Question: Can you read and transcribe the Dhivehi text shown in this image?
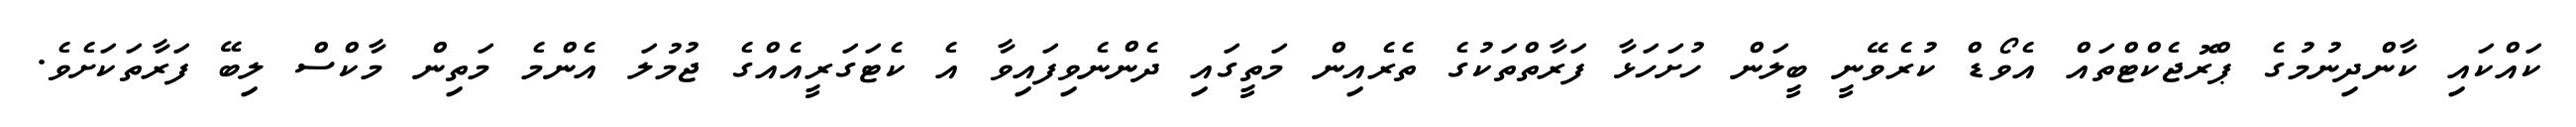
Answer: ކައްކައި ކާންދިނުމުގެ ޕްރޮޖެކްޓްތައް އެވޯޑް ކުރެވޭނީ ބީލަން ހުށަހަޅާ ފަރާތްތަކުގެ ތެރެއިން މަތީގައި ދެންނެވިފައިވާ އެ ކެޓަގަރީއެއްގެ ޖުމުލަ އެންމެ މަތިން މާކްސް ލިބޭ ފަރާތަކަށެވެ.